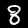
Label: 8